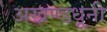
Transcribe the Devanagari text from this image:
अखण्डधूनी